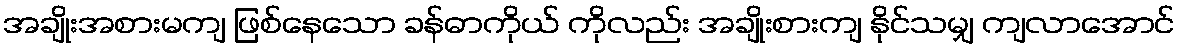
အချိုးအစားမကျ ဖြစ်နေသော ခန်ဓာကိုယ် ကိုလည်း အချိုးစားကျ နိုင်သမျှ ကျလာအောင်